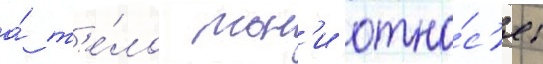
а́ т'е́ло тон'и отно́с'ят